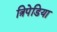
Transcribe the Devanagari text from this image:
त्रिपेडिया